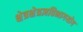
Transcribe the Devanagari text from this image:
क्षेत्रक्षेत्रज्ञविभागयोग